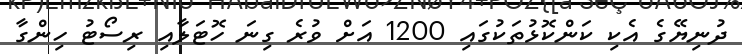
ދުނިޔޭގެ އެކި ކަންކޮޅުތަކުގައި 1200 އަށް ވުރެ ގިނަ ހޮޓަލާއި ރިސޯޓު ހިންގާ